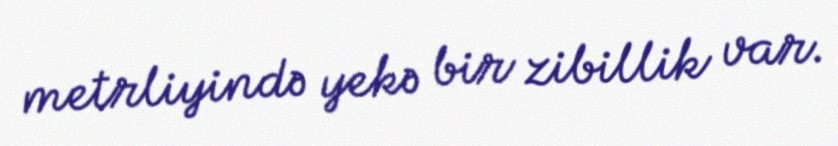
metrliyində yekə bir zibillik var.